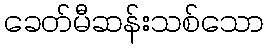
ခေတ်မီဆန်းသစ်သော